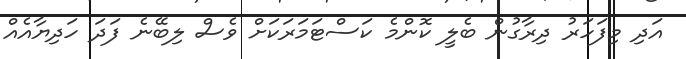
އަދި މިފަހަރު ދިރާގުން ބެލީ ކޮންމެ ކަސްޓަމަރަކަށް ވެސް ލިބޭނެ ފަދަ ހަދިޔާއެއް